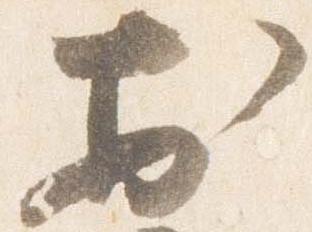
於